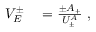
\begin{array} { r l } { V _ { E } ^ { \pm } } & { { } = \frac { \pm A _ { + } } { U _ { \pm } ^ { A } } \; , } \end{array}